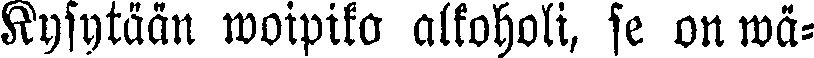
Kysytään woipiko alkoholi, se on wä-